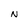
Character: N